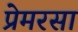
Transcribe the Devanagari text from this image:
प्रेमरसा